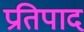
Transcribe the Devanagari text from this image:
प्रतिपाद